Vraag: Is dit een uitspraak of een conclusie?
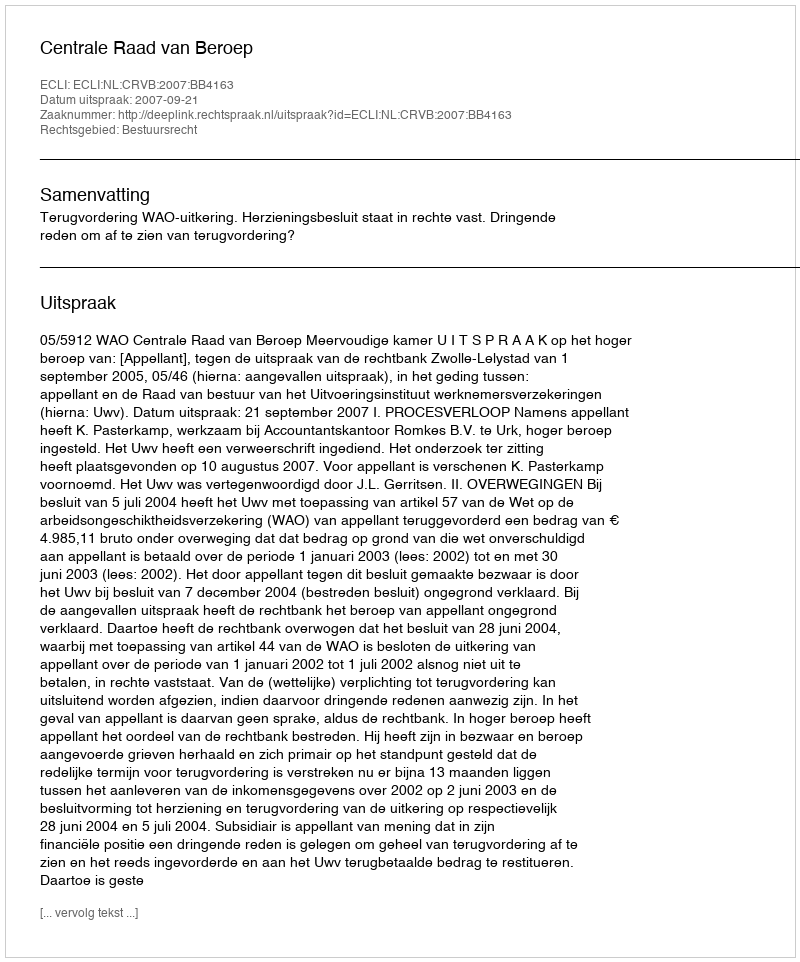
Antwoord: Uitspraak